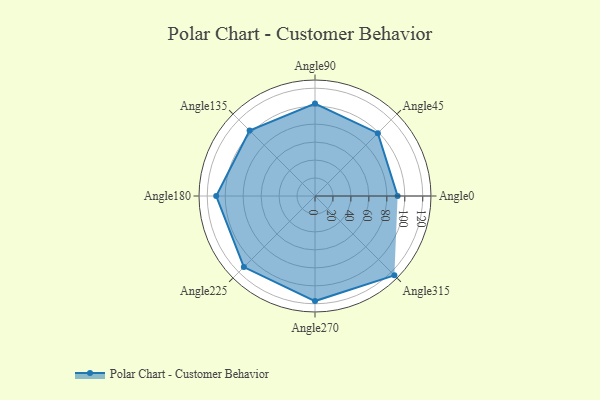
{"axis": {"x": "Angle", "y": "Radius"}, "legend": [""], "data": [{"x": "Angle0", "y": 92.0, "type": ""}, {"x": "Angle45", "y": 99.0, "type": ""}, {"x": "Angle90", "y": 103.0, "type": ""}, {"x": "Angle135", "y": 103.0, "type": ""}, {"x": "Angle180", "y": 110.0, "type": ""}, {"x": "Angle225", "y": 112.0, "type": ""}, {"x": "Angle270", "y": 117.0, "type": ""}, {"x": "Angle315", "y": 125.0, "type": ""}]}